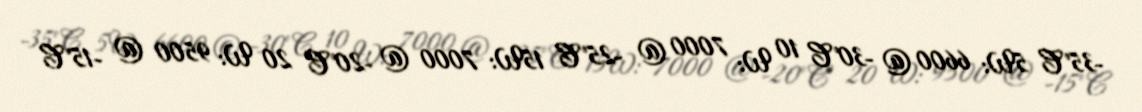
-35ºC 5W: 6600 @ -30ºC 10 W: 7000 @ -25ºC 15W: 7000 @ -20ºC 20 W: 9500 @ -15ºC